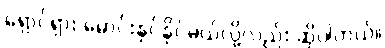
ရှောင်ရှား မောင်းနှင်နိုင်မယ်လို့လည်း ဆိုပါတယ်။